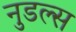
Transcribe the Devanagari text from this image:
नुडल्स